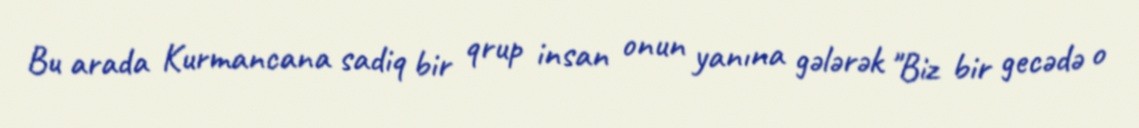
Bu arada Kurmancana sadiq bir qrup insan onun yanına gələrək "Biz bir gecədə o